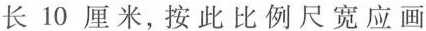
长10厘米，按此比例尺宽应画